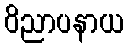
ဝိညာပနာယ